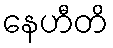
နေဟီတိ